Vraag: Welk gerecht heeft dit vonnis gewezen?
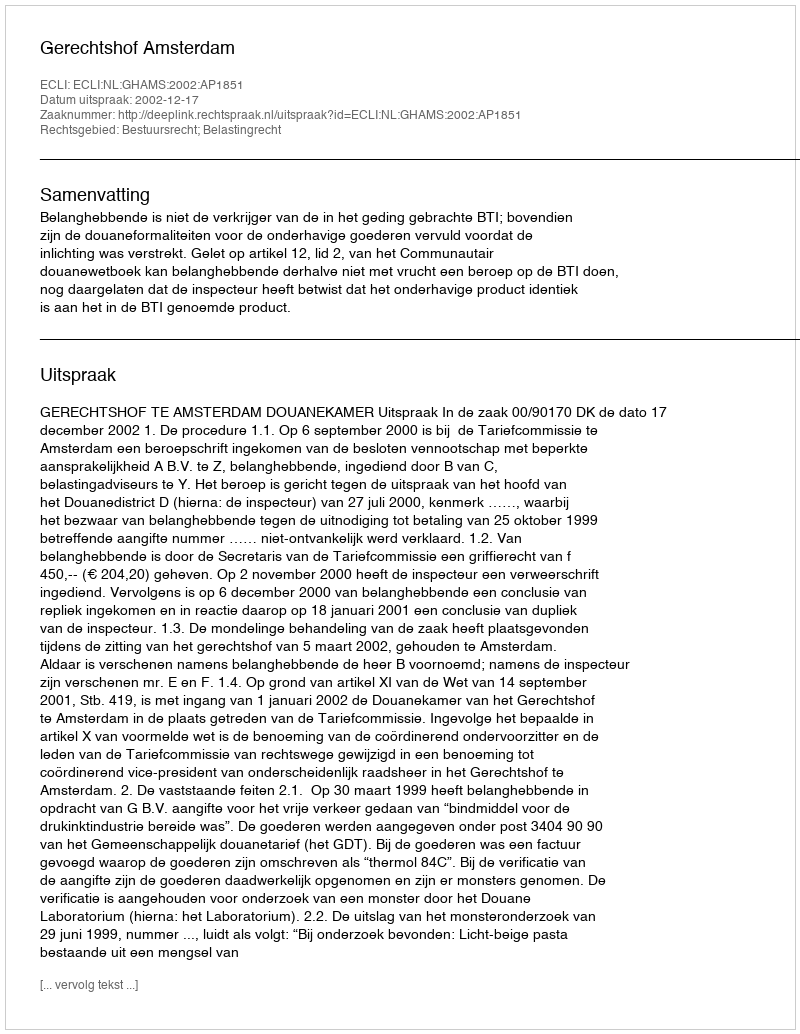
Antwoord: Gerechtshof Amsterdam